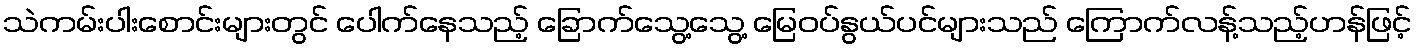
သဲကမ်းပါးစောင်းများတွင် ပေါက်နေသည့် ခြောက်သွေ့သွေ့ မြေဝပ်နွယ်ပင်များသည် ကြောက်လန့်သည့်ဟန်ဖြင့်